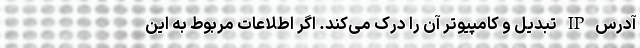
آدرس IP‌ تبدیل و کامپیوتر آن را درک می‌کند. اگر اطلاعات مربوط به این